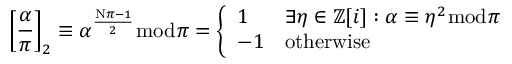
\left[ { \frac { \alpha } { \pi } } \right] _ { 2 } \equiv \alpha ^ { \frac { \mathrm { N } \pi - 1 } { 2 } } { \bmod { \pi } } = { \left\{ \begin{array} { l l } { 1 } & { \exists \eta \in \mathbb { Z } [ i ] : \alpha \equiv \eta ^ { 2 } { \bmod { \pi } } } \\ { - 1 } & { { \mathrm { o t h e r w i s e } } } \end{array} \right. }